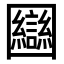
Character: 圝